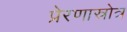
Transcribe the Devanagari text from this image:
प्रेरणास्रोत्र